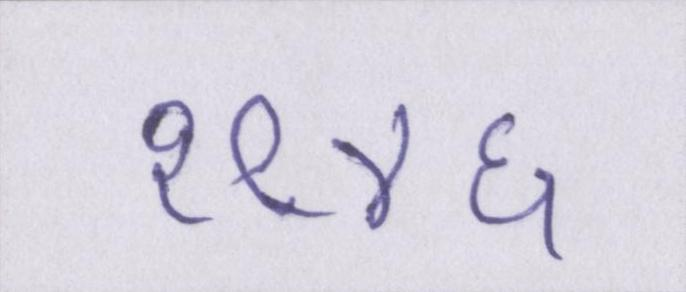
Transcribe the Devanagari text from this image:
१९४६